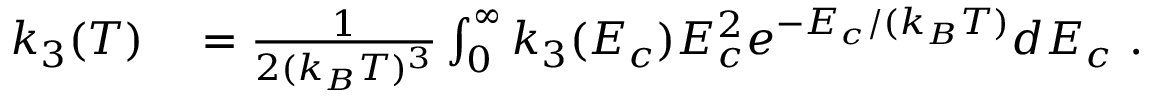
\begin{array} { r l } { k _ { 3 } ( T ) } & { { } = \frac { 1 } { 2 ( k _ { B } T ) ^ { 3 } } \int _ { 0 } ^ { \infty } k _ { 3 } ( E _ { c } ) E _ { c } ^ { 2 } e ^ { - E _ { c } / ( k _ { B } T ) } d E _ { c } ~ . } \end{array}